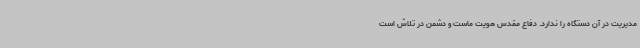
مدیریت در آن دستگاه را ندارد. دفاع مقدس هویت ماست و دشمن در تلاش است